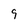
Character: 9